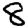
Digit: 8